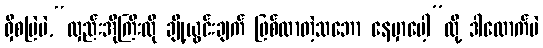
ရှိစမြဲပဲ,“လှည်းအိုကြီးလို ချို့ယွင်းချက် ဖြစ်လာတဲ့သဘော နေမှာပေါ့”လို့ ဒါလောက်ပဲ